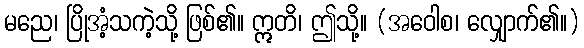
မညေ၊ ပြိုအံ့သကဲ့သို့ ဖြစ်၏။ ဣတိ၊ ဤသို့။ (အဝေါစ၊ လျှောက်၏။)